Report of an investigation of the epidemic of malarial fever in Assam, or, kala-azar
Disease focus: Malaria
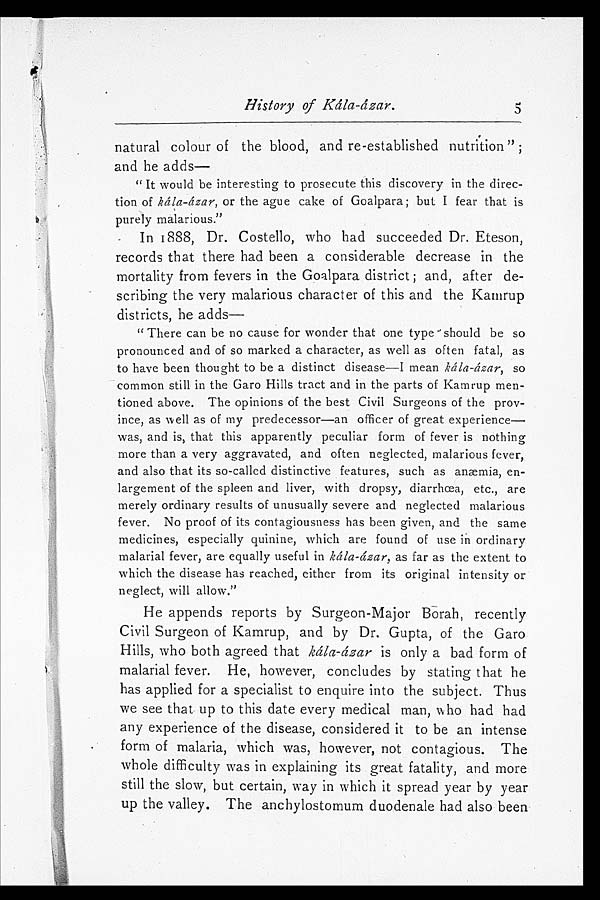
History of Kála-ázar.
natural colour of the blood, and re-established nutrition";
and he adds
—
" It would be interesting to prosecute this discovery in the direc-
tion of kála-ázar, or the ague cake of Goalpara; but I fear that is
purely malarious."
In 1888, Dr. Costello, who had succeeded Dr. Eteson,
records that there had been a considerable decrease in the
mortality from fevers in the Goalpara district; and, after de-
scribing the very malarious character of this and the Kamrup
districts, he adds
—
" There can be no cause for wonder that one type should be so
pronounced and of so marked a character, as well as often fatal, as
to have been thought to be a distinct disease—I mean kála-ázar, so
common still in the Garo Hills tract and in the parts of Kamrup men-
tioned above. The opinions of the best Civil Surgeons of the prov-
ince, as well as of my predecessor—an officer of great experience—
was, and is, that this apparently peculiar form of fever is nothing
more than a very aggravated, and often neglected, malarious fever,
and also that its so-called distinctive features, such as anæmia, en-
largement of the spleen and liver, with dropsy, diarrhœa, etc., are
merely ordinary results of unusually severe and neglected malarious
fever. No proof of its contagiousness has been given, and the same
medicines, especially quinine, which are found of use in ordinary
malarial fever, are equally useful in kála-ázar, as far as the extent to
which the disease has reached, either from its original intensity or
neglect, will allow."
He appends reports by Surgeon-Major Borah, recently
Civil Surgeon of Kamrup, and by Dr. Gupta, of the Garo
Hills, who both agreed that kála-ázar is only a bad form of
malarial fever. He, however, concludes by stating that he
has applied for a specialist to enquire into the subject. Thus
we see that up to this date every medical man, who had had
any experience of the disease, considered it to be an intense
form of malaria, which was, however, not contagious. The
whole difficulty was in explaining its great fatality, and more
still the slow, but certain, way in which it spread year by year
up the valley. The anchylostomum duodenale had also been
5